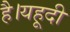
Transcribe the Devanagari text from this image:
है।यहूदी